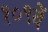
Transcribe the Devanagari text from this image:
१०९वें